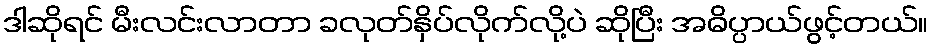
ဒါဆိုရင် မီးလင်းလာတာ ခလုတ်နှိပ်လိုက်လို့ပဲ ဆိုပြီး အဓိပ္ပာယ်ဖွင့်တယ်။